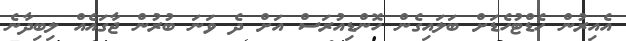
އެއިރުން ހެޑްޓުހެޑަށް ބަލައިގެން ހޮންޑިއުރަސް އަށް ދެ ވަނަ ބުރުން ޖާގައެއް ލިބިދާނެ